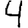
Digit: 4